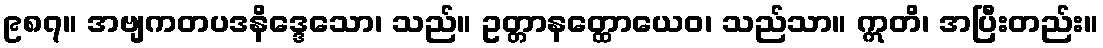
၉၈၇။ အဗျကတပဒနိဒ္ဒေသော၊ သည်။ ဥတ္တာနတ္ထောယေဝ၊ သည်သာ။ ဣတိ၊ အပြီးတည်း။